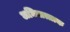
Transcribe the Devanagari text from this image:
अधिसत्ताक